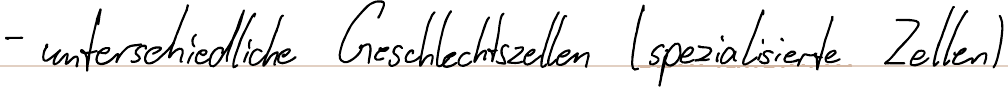
- unterschiedliche Geschlechtszellen (spezialisierte Zellen)